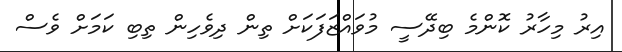
އިރު މިހާރު ކޮންމެ ބިދޭސީ މުވައްޒަފަކަށް ތިން ދިވެހިން ތިބި ކަމަށް ވެސް